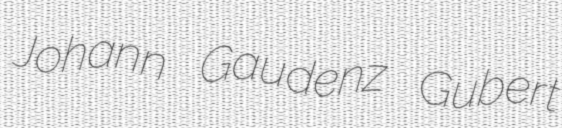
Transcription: Johann Gaudenz Gubert